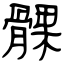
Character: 髁